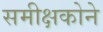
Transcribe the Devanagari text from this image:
समीक्षकोने